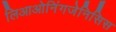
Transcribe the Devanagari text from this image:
लिआओनिंगजेनिसिस